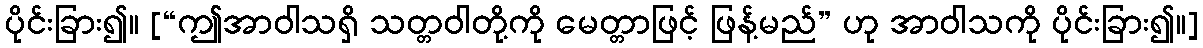
ပိုင်းခြား၍။ [“ဤအာဝါသရှိ သတ္တဝါတို့ကို မေတ္တာဖြင့် ဖြန့်မည်” ဟု အာဝါသကို ပိုင်းခြား၍။]